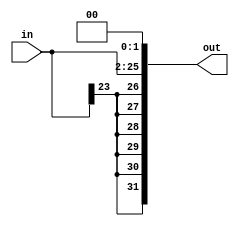
module ExtendImm24(
    input[23:0] in,
    output[31:0] out
);

    assign out = {in[23], in[23], in[23], in[23], in[23], in[23], in, 2'b0};
endmodule